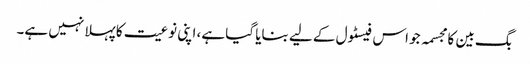
بگ بین کا مجسمہ جو اس فیسٹول کے لیے بنایا گیا ہے، اپنی نوعیت کا پہلا نہیں ہے۔